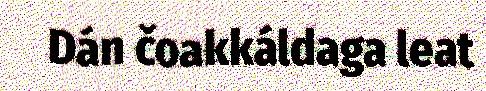
Dán čoakkáldaga leat